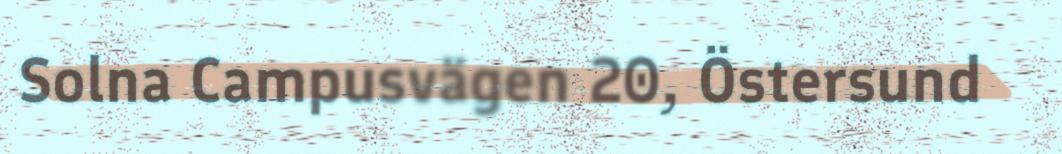
Solna Campusvägen 20, Östersund